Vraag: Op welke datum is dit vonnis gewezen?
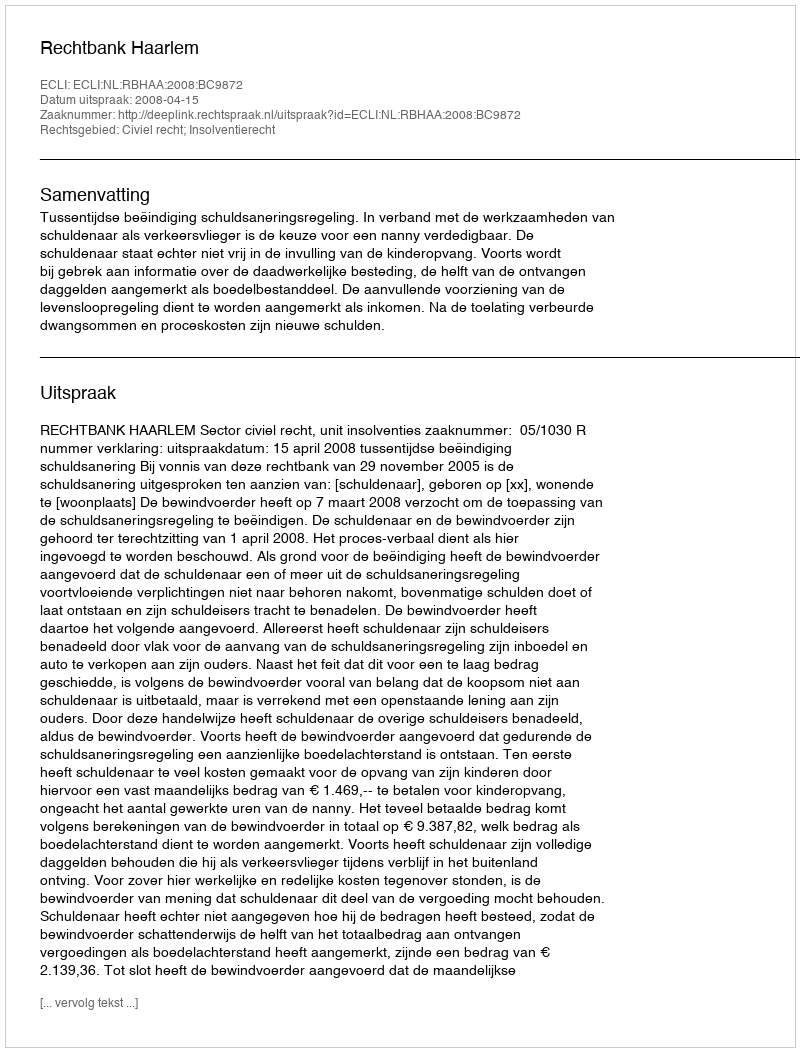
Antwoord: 2008-04-15